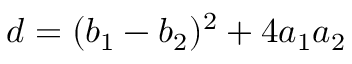
\begin{array} { r } { d = ( b _ { 1 } - b _ { 2 } ) ^ { 2 } + 4 a _ { 1 } a _ { 2 } } \end{array}